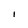
Character: 1